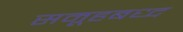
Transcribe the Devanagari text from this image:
समूहबध्द